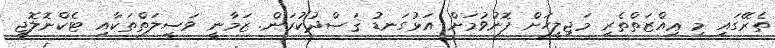
ތެރޭގައި މި ޢިއްޒަތްތެރި މަޖިލީހަށް ފޮނުވުމަށް އަޅުގަނޑު ޤަޞްދުކުރަން. ޒަމާނީ ވަސީލަތްތަކާއި ޓެކްނޮލޮޖީ